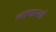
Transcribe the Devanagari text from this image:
व्यापारसी